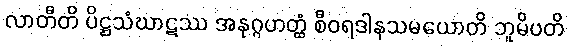
လာတီတိ ပိဋ္ဌသံဃာဋဿ အနုဂ္ဂဟတ္ထံ စီဝရဒါနသမယောတိ ဘူမိပတိ